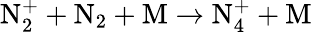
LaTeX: \mathrm{N_{2}^{+}+N_{2}+M\to N_{4}^{+}+M}